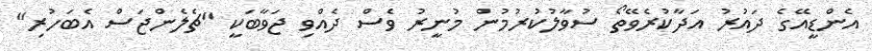
އެންޑީއޭގެ ދައުރު އަދާކުރެވޭތޯ ސުވާލުކުރުމުން މުނީރު ވެސް ދެއްވި ޖަވާބަކީ "ޗެލެންޖަސް އެބަހުރި"